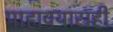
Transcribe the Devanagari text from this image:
पाहावयासही